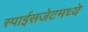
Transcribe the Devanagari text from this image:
स्पाईसजेटमध्ये